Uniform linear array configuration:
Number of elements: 64
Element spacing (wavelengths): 0.5
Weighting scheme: hamming
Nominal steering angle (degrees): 45
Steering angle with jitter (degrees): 45.794
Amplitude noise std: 0.05
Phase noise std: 0.05

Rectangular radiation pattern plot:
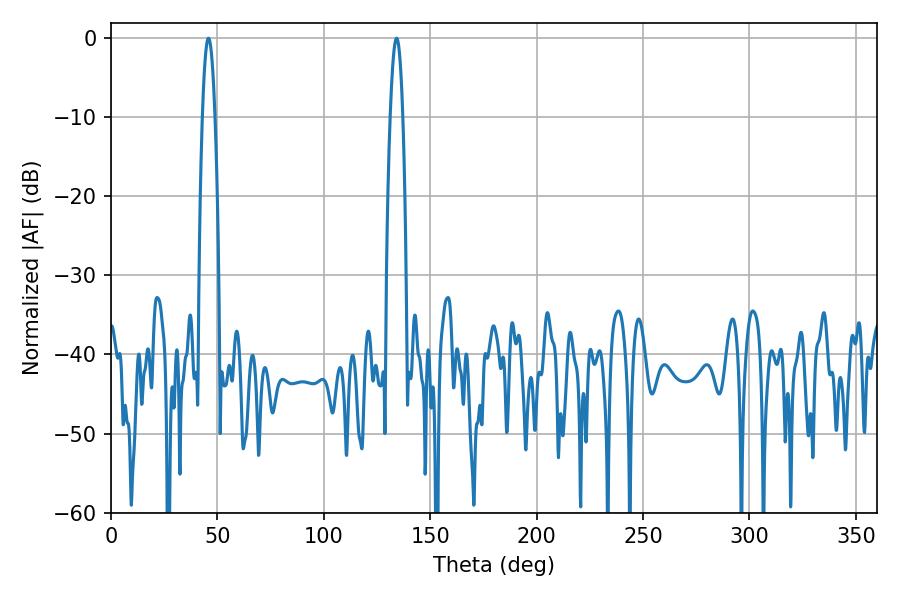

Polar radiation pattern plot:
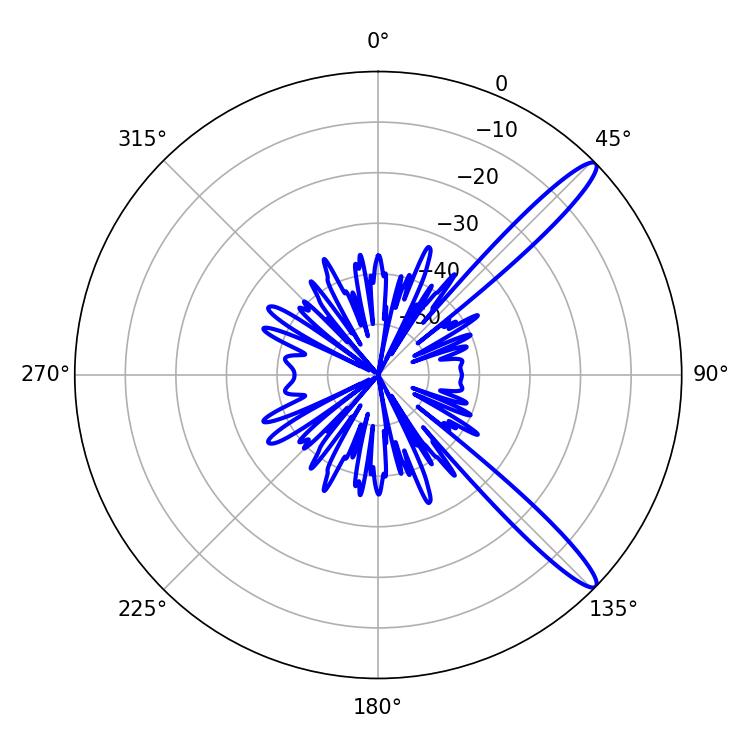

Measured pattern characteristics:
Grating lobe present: FALSE
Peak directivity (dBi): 13.528
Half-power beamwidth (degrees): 3.06
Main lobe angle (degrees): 45.72